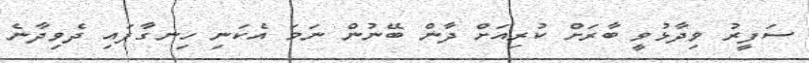
ސަފީރު ވިދާޅުވީ ބާރަށް ކުރިއަށް ދާން ބޭނުން ނަމަ އެކަނި ހިނގާފައި ދެވިދާނެ